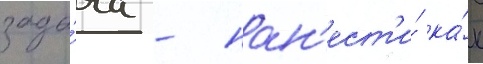
зада́ча - нан'ест'и́ ка́к